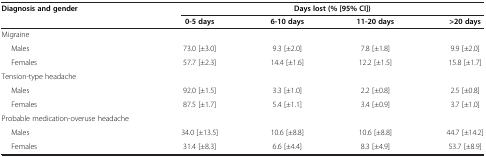
| <ROWSPAN=2> Diagnosis and gender | <COLSPAN=4> Days lost (% [95% CI]) |
 | 0-5 days | 6-10 days | 11-20 days | >20 days |
 | --- | --- | --- | --- | --- |
 | Migraine |  |  |  |  |
 | Males | 73.0 [±3.0] | 9.3 [±2.0] | 7.8 [±1.8] | 9.9 [±2.0] |
 | Females | 57.7 [±2.3] | 14.4 [±1.6] | 12.2 [±1.5] | 15.8 [±1.7] |
 | Tension-type headache |  |  |  |  |
 | Males | 92.0 [±1.5] | 3.3 [±1.0] | 2.2 [±0.8] | 2.5 [±0.8] |
 | Females | 87.5 [±1.7] | 5.4 [±1.1] | 3.4 [±0.9] | 3.7 [±1.0] |
 | Probable medication-overuse headache |  |  |  |  |
 | Males | 34.0 [±13.5] | 10.6 [±8.8] | 10.6 [±8.8] | 44.7 [±14.2] |
 | Females | 31.4 [±8.3] | 6.6 [±4.4] | 8.3 [±4.9] | 53.7 [±8.9] |